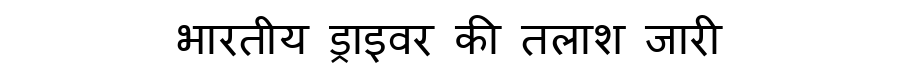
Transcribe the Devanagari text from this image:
भारतीय ड्राइवर की तलाश जारी